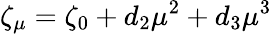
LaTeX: \zeta_{\mu}=\zeta_{0}+d_{2}\mu^{2}+d_{3}\mu^{3}